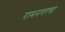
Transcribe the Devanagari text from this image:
रामनगरचा